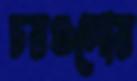
চরগুলোর